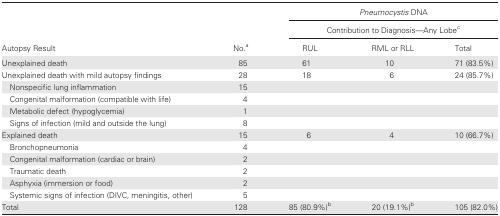
| <ROWSPAN=2-COLSPAN=2>  | <COLSPAN=3> Pneumocystis DNA |
 | <COLSPAN=3> Contribution to Diagnosis—AnyLobec |
 | Autopsy Result | No.a | RUL | RML or RLL | Total |
 | --- | --- | --- | --- | --- |
 | Unexplained death | 85 | 61 | 10 | 71 (83.5%) |
 | Unexplained death with mild autopsy findings | 28 | 18 | 6 | 24 (85.7%) |
 | Nonspecific lung inflammation | 15 |  |  |  |
 | Congenital malformation (compatible with life) | 4 |  |  |  |
 | Metabolic defect (hypoglycemia) | 1 |  |  |  |
 | Signs of infection (mild and outside the lung) | 8 |  |  |  |
 | Explained death | 15 | 6 | 4 | 10 (66.7%) |
 | Bronchopneumonia | 4 |  |  |  |
 | Congenital malformation (cardiac or brain) | 2 |  |  |  |
 | Traumatic death | 2 |  |  |  |
 | Asphyxia (immersion or food) | 2 |  |  |  |
 | Systemic signs of infection (DIVC, meningitis, other) | 5 |  |  |  |
 | Total | 128 | 85 (80.9%)b | 20 (19.1%)b | 105 (82.0%) |